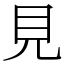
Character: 見